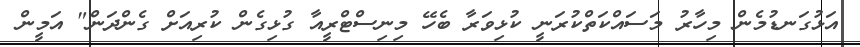
އަޅުގަނޑުމެން މިހާރު މަސައްކަތްކުރަނީ ކުޅިވަރާ ބެހޭ މިނިސްޓްރީއާ ގުޅިގެން ކުރިއަށް ގެންދަން" އަމީން